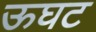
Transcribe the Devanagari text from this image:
ऊघट